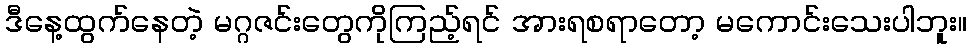
ဒီနေ့ထွက်နေတဲ့ မဂ္ဂဇင်းတွေကိုကြည့်ရင် အားရစရာတော့ မကောင်းသေးပါဘူး။